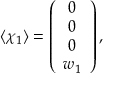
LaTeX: \langle \chi _ { 1 } \rangle = \left( \begin{array} { c } { { 0 } } \\ { { 0 } } \\ { { 0 } } \\ { { w _ { 1 } } } \end{array} \right) ,